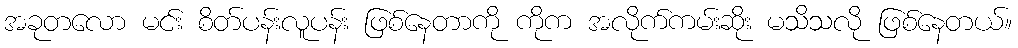
အခုတလော မင်း စိတ်ပန်းလူပန်း ဖြစ်နေတာကို ကိုက အလိုက်ကမ်းဆိုး မသိသလို ဖြစ်နေတယ်။